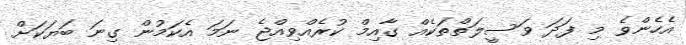
އެހެންވެ މި ފަދަ ވަސީލަތްތަކެއް ގާއިމް ކުރެއްވިއްޖެ ނަމަ އެކަމުން ގިނަ ބަޔަކަށް